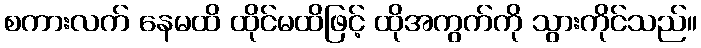
စကားလက် နေမထိ ထိုင်မထိဖြင့် ထိုအကွက်ကို သွားကိုင်သည်။